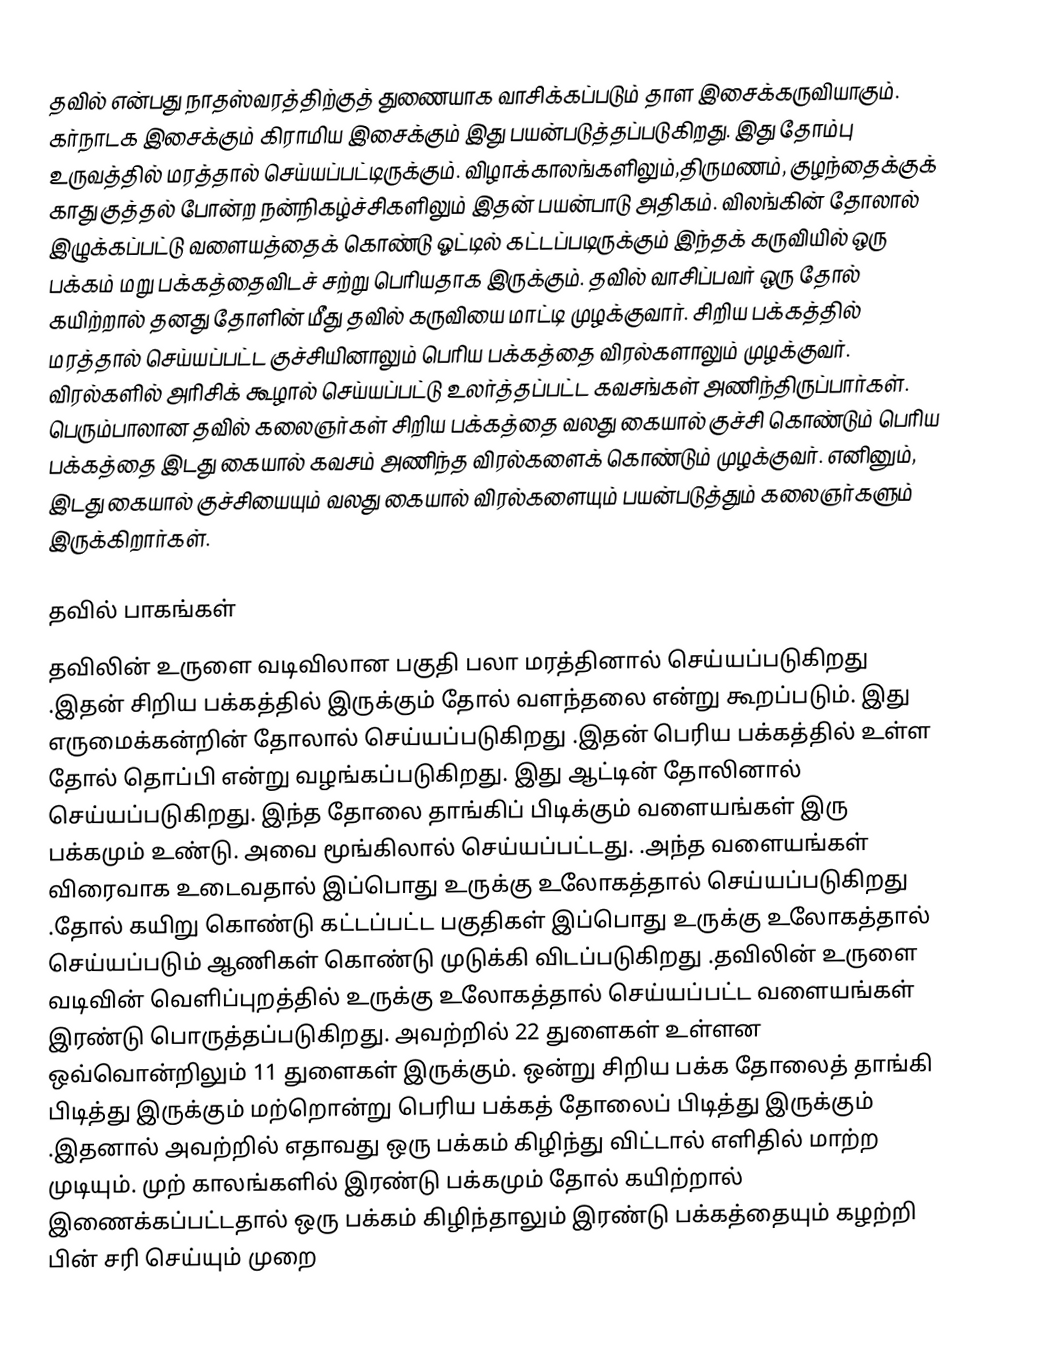
தவில் என்பது நாதஸ்வரத்திற்குத் துணையாக வாசிக்கப்படும் தாள இசைக்கருவியாகும். கர்நாடக இசைக்கும் கிராமிய இசைக்கும் இது பயன்படுத்தப்படுகிறது. இது தோம்பு உருவத்தில் மரத்தால் செய்யப்பட்டிருக்கும். விழாக்காலங்களிலும்,திருமணம், குழந்தைக்குக் காது குத்தல் போன்ற நன்நிகழ்ச்சிகளிலும் இதன் பயன்பாடு அதிகம். விலங்கின் தோலால் இழுக்கப்பட்டு வளையத்தைக் கொண்டு ஓட்டில் கட்டப்படிருக்கும் இந்தக் கருவியில் ஒரு பக்கம் மறு பக்கத்தைவிடச் சற்று பெரியதாக இருக்கும். தவில் வாசிப்பவர் ஒரு தோல் கயிற்றால் தனது தோளின் மீது தவில் கருவியை மாட்டி முழக்குவார். சிறிய பக்கத்தில்  மரத்தால் செய்யப்பட்ட குச்சியினாலும் பெரிய பக்கத்தை விரல்களாலும் முழக்குவர். விரல்களில் அரிசிக் கூழால் செய்யப்பட்டு உலர்த்தப்பட்ட கவசங்கள் அணிந்திருப்பார்கள். பெரும்பாலான தவில் கலைஞர்கள் சிறிய பக்கத்தை வலது கையால் குச்சி கொண்டும் பெரிய பக்கத்தை இடது கையால் கவசம் அணிந்த விரல்களைக் கொண்டும் முழக்குவர். எனினும், இடது கையால் குச்சியையும் வலது கையால் விரல்களையும் பயன்படுத்தும் கலைஞர்களும் இருக்கிறார்கள்.

தவில் பாகங்கள்
தவிலின் உருளை வடிவிலான பகுதி பலா மரத்தினால் செய்யப்படுகிறது .இதன் சிறிய பக்கத்தில் இருக்கும் தோல் வளந்தலை என்று கூறப்படும். இது எருமைக்கன்றின் தோலால் செய்யப்படுகிறது .இதன் பெரிய பக்கத்தில் உள்ள தோல் தொப்பி என்று  வழங்கப்படுகிறது. இது ஆட்டின் தோலினால் செய்யப்படுகிறது. இந்த தோலை தாங்கிப் பிடிக்கும் வளையங்கள் இரு பக்கமும் உண்டு. அவை மூங்கிலால் செய்யப்பட்டது. .அந்த வளையங்கள் விரைவாக உடைவதால் இப்பொது உருக்கு உலோகத்தால் செய்யப்படுகிறது .தோல் கயிறு கொண்டு கட்டப்பட்ட பகுதிகள் இப்பொது உருக்கு உலோகத்தால் செய்யப்படும் ஆணிகள் கொண்டு முடுக்கி விடப்படுகிறது .தவிலின் உருளை வடிவின் வெளிப்புறத்தில் உருக்கு உலோகத்தால் செய்யப்பட்ட வளையங்கள் இரண்டு  பொருத்தப்படுகிறது. அவற்றில் 22 துளைகள் உள்ளன ஒவ்வொன்றிலும் 11 துளைகள் இருக்கும். ஒன்று சிறிய பக்க தோலைத் தாங்கி பிடித்து இருக்கும் மற்றொன்று பெரிய பக்கத் தோலைப் பிடித்து இருக்கும் .இதனால் அவற்றில் எதாவது ஒரு பக்கம் கிழிந்து விட்டால் எளிதில் மாற்ற முடியும். முற் காலங்களில் இரண்டு பக்கமும் தோல் கயிற்றால் இணைக்கப்பட்டதால்  ஒரு பக்கம் கிழிந்தாலும் இரண்டு பக்கத்தையும் கழற்றி பின் சரி செய்யும் முறை